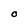
Character: O